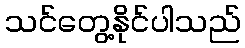
သင်တွေ့နိုင်ပါသည်